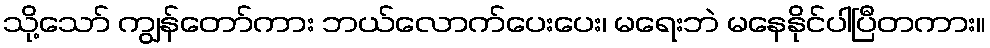
သို့သော် ကျွန်တော်ကား ဘယ်လောက်ပေးပေး၊ မရေးဘဲ မနေနိုင်ပါပြီတကား။